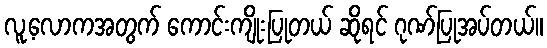
လူ့လောကအတွက် ကောင်းကျိုးပြုတယ် ဆိုရင် ဂုဏ်ပြုအပ်တယ်။